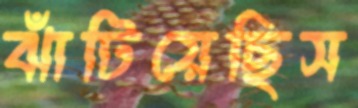
ঝাঁটিয়েছিস